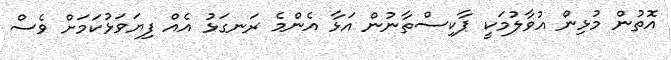
އޮތުން މުޅިން އުވާލުމަކީ ޕާކިސްތާނުން އަޅާ އެންމެ ރަނގަޅު އެއް ފިޔަވަޅުކަމަށް ވެސް